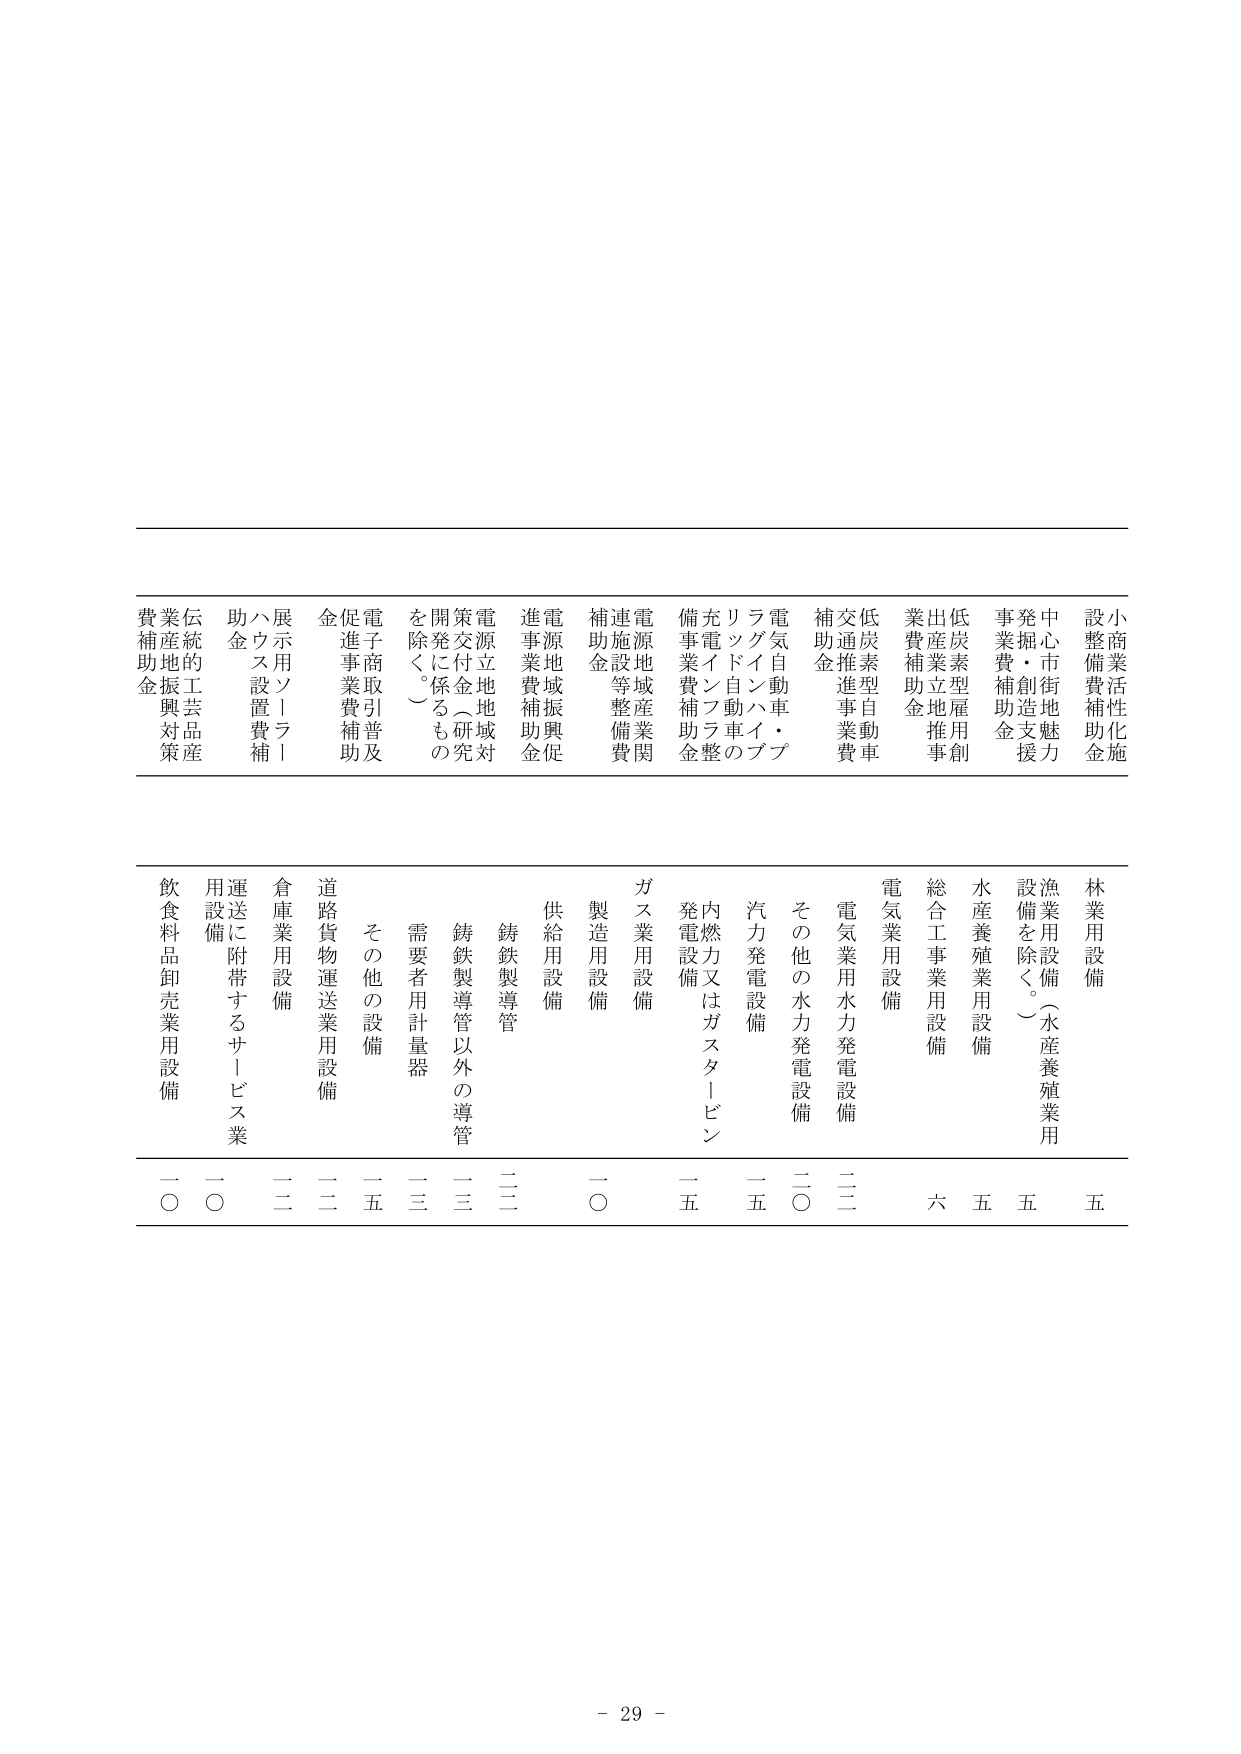
小商業活性化施策
設備費補助金
中心市街地魅力発掘・創造支援事業費補助金
低炭素型雇用創出産業立地推進事業費補助金
低炭素型自動車交通推進事業費補助金
電気自動車・プラグインハイブリッド自動車の充電インフラ整備事業費補助金
電源地域産業関連施設等整備費補助金
電源立地地域対策交付金（研究開発に係るものを除く。）
電子商取引普及促進事業費補助金
展示用ソーラーハウス設置費補助金
伝統工芸品産業振興対策費補助金

林業用設備
漁業用設備（水産養殖業用設備を除く。）
水産養殖業用設備
総合工事業用設備
電気業用設備
電気業用水力発電設備
その他の水力発電設備
汽力発電設備
内燃力又はガスタービン発電設備
ガス業用設備
製造用設備
供給用設備
鋳鉄製導管
鋳鉄製導管以外の導管
需要者用計量器
その他の設備
道路貨物運送業用設備
倉庫業用設備
運送に附帯するサービス業用設備
飲食料品卸売業用設備

五
五
五
六
二二
二〇
一五
一五
一〇
二二
二三
二三
二五
二二
二〇
二〇

- 29 -